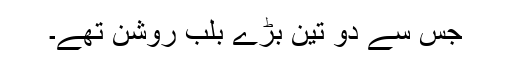
جس سے دو تین بڑے بلب روشن تھے۔